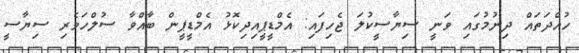
ހުއްދަތައް ދިނުމުގައި ވަނީ ސިޔާސީކުލަ ޖެހިފައި: އެމްޑީޕީއިދިކޮޅު އެމްޑީޕީން ބާއްވާ ސުލްހަވެރި ސިޔާސީ